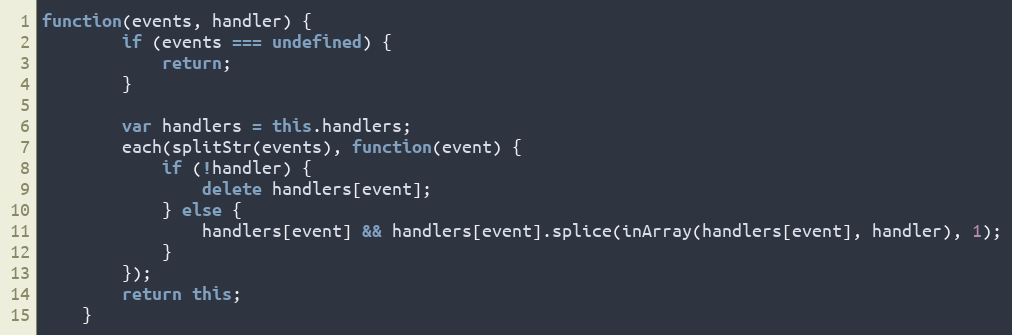
Language: JavaScript
function(events, handler) {
        if (events === undefined) {
            return;
        }

        var handlers = this.handlers;
        each(splitStr(events), function(event) {
            if (!handler) {
                delete handlers[event];
            } else {
                handlers[event] && handlers[event].splice(inArray(handlers[event], handler), 1);
            }
        });
        return this;
    }